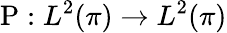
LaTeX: \operatorname{P}:L^{2}(\pi)\rightarrow L^{2}(\pi)